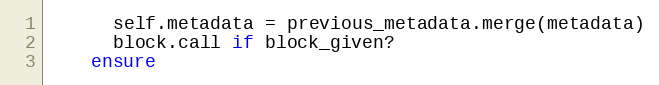
Language: Ruby
      self.metadata = previous_metadata.merge(metadata)
      block.call if block_given?
    ensure